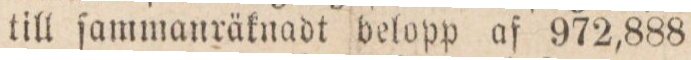
till ſammanräknadt belopp af 972,888